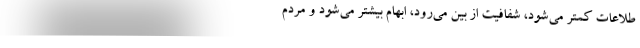
طلاعات کمتر می‌شود، شفافیت از بین می‌رود، ابهام بیشتر می‌شود و مردم